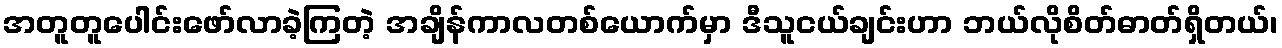
အတူတူပေါင်းဖော်လာခဲ့ကြတဲ့ အချိန်ကာလတစ်ယောက်မှာ ဒီသူငယ်ချင်းဟာ ဘယ်လိုစိတ်ဓာတ်ရှိတယ်၊